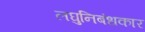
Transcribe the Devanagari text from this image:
लघुनिबंधकार